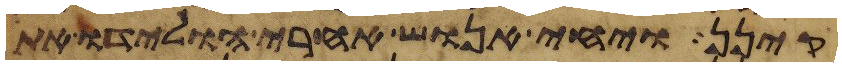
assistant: קינן ויחי אנוש אחרי הולידו את